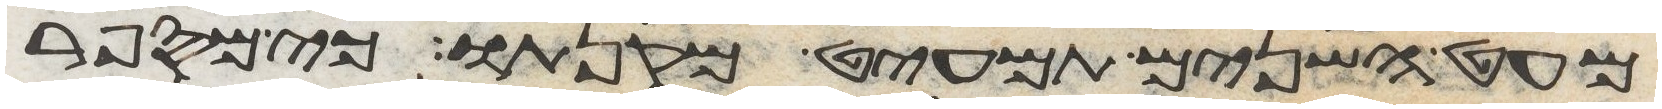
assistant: מעט השנים תמעיט מקנתו כי מספר